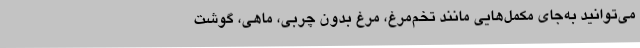
می‌توانید به‌جای مکمل‌هایی مانند تخم‌مرغ، مرغ بدون چربی، ماهی، گوشت